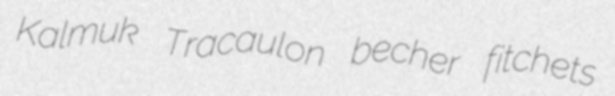
Kalmuk Tracaulon becher fitchets